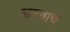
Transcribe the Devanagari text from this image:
जमताच